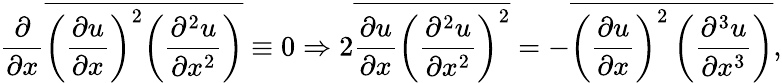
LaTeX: \frac{\partial}{{\partial x}}\overline{{{{\left({\frac{{\partial u}}{{\partial x}}}\right)}^{2}}{{\left({\frac{{{\partial^{2}}u}}{{\partial{x^{2}}}}}\right)}}}}\equiv 0\mathrm{{}}\Rightarrow\mathrm{{}}2\overline{{\frac{\partial u}{\partial x}\left(\frac{\partial^{2}u}{\partial x^{2}}\right)^{2}}}=-\overline{{\left(\frac{\partial u}{\partial x}\right)^{2}\left(\frac{\partial^{3}u}{\partial x^{3}}\right)}},